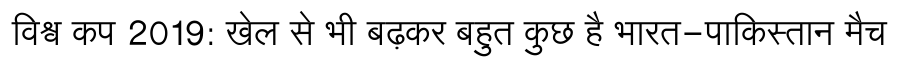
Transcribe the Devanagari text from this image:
विश्व कप 2019: खेल से भी बढ़कर बहुत कुछ है भारत-पाकिस्तान मैच